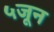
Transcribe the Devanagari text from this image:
५जून